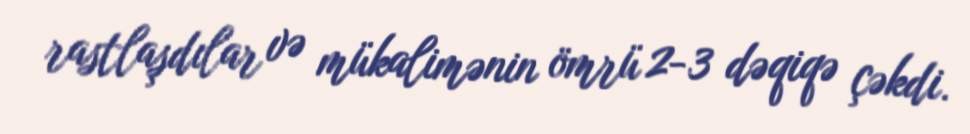
rastlaşdılar və mükalimənin ömrü 2-3 dəqiqə çəkdi.